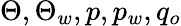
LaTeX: \Theta,\Theta_{w},p,p_{w},q_{o}